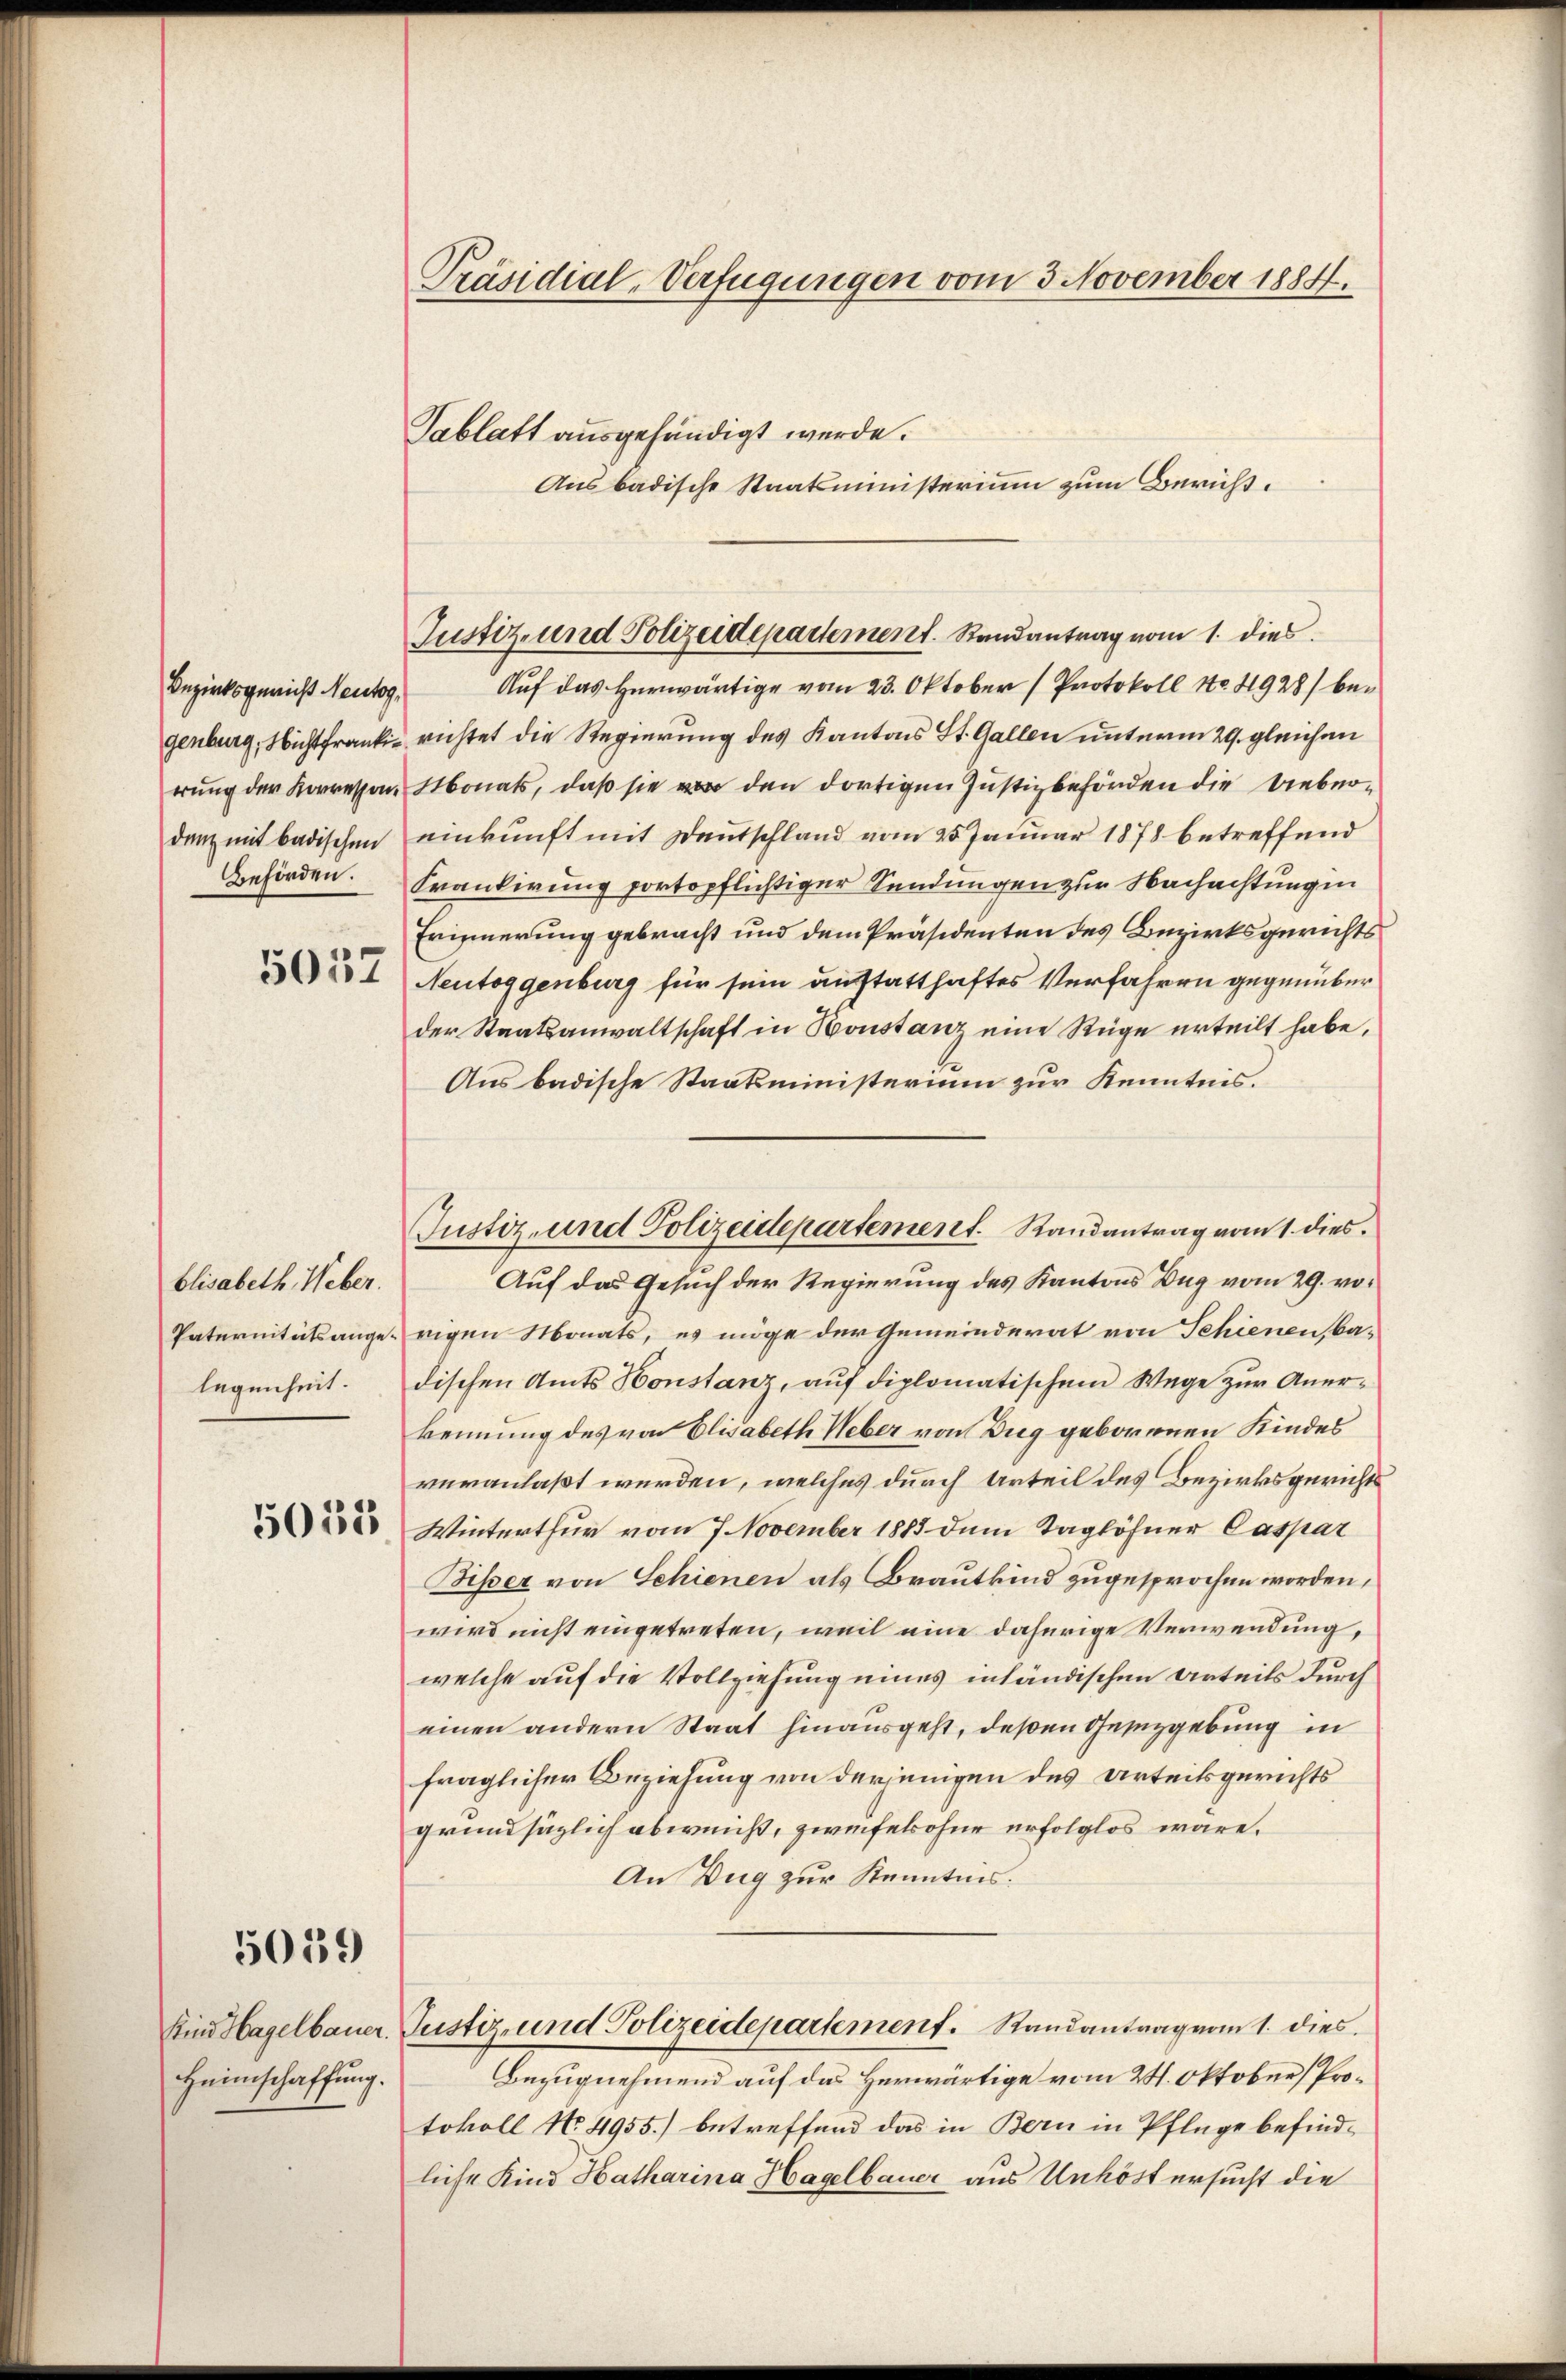
Bezirksgericht Neutog,
genburg, Nicht frankierung der Korressen.
danz mit badischen
Behörden.

5057

blisabeth Weber.
Paternitätsangelegenheit.

5015

5059

Kind Hagelbauer.
Heimschaffung.

Präsidial-Verfügungen vom 3 November 1884.
Tablatt ausgehändigt werde.
Aus badische Staatsministerium zum Bericht.

Auf das herwärtige vom 23. Oktober (Protokoll No 4928) berichtet die Regierung des Kantons St. Gallen unterm 29. gleichen
Monats, daß sie vor den dortigen Justizbehörden die liebereinkunft mit Deutschland vom 25. Januar 1878 betreffend
Frankirung portopflichtiger Sendungen zur Nachachtung in
Erinnerung gebracht und dem Präsidenten des Bezirksgerichts
Neutoggenburg für sein austatthaftes Verfahren gegenüber
der Staatsanwaltschaft in Bonstanz eine Rüge erteilt habe,
Aus badische Staatsministerium zur Kenntnis.
Auf das Gesuch der Regierung des Kantons Zug vom 29. vorigen Monats, es möge der Gemeinderat von Schienen badischen Amts Honstanz, auf diplomatischem Wege zur Anerkennung des von Elisabeth Weber von Dug geborenen Kindes
veranlaßt werden, welches durch Urteil des Bezirksgerichts
Winterthur vom 7. November 1883 dem Taglöhner Caspar
Bisser von Schienen als Brautkind zugesprochen worden,
wird nicht eingetreten, weil eine daherige Verwendung,
welche auf die Vollziehung eines inhändischen Urteils durch
einen andern Staat hinausgeht, deßen Gesetzgebung in
fraglicher Beziehung von derjenigen des Urteilsgerichts
grundsätzlich abweicht, zweifelohne erfolglos wäre.
An Zug zur Kenntnis.
Justiz- und Polizeidepartement. Randantrag vom 1. dies
Bezugnehmend auf das Herwärtige vom 24. Oktober, Protokoll No 4955.) betreffend das in Bern in Pflege befindliche Kind Hatharina Hagelbauer aus Unköst ersucht die

Justiz- und Polizeidepartement. Randantrag vom 1. dies

Justiz- und Polizeidepartement. Randantrag vom 1. dies